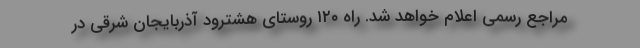
مراجع رسمی اعلام خواهد شد. راه ۱۲۰ روستای هشترود آذربایجان شرقی در